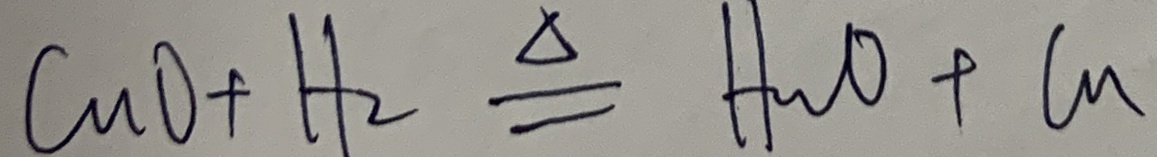
C u O + H _ { 2 } \xlongequal { \Delta } H _ { 2 } O + C u